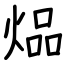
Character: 煰